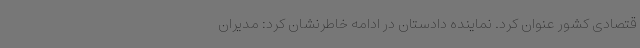
قتصادی کشور عنوان کرد. نماینده دادستان در ادامه خاطرنشان کرد: مدیران